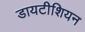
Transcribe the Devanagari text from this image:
डायटीशियन